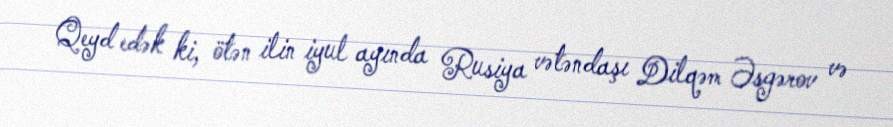
Qeyd edək ki, ötən ilin iyul ayında Rusiya vətəndaşı Dilqəm Əsgərov və